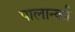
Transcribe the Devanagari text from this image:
पालान्की